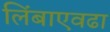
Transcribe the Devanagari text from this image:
लिंबाएवढा